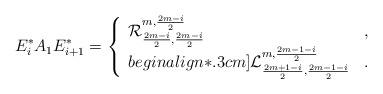
LaTeX: \begin{align*}E^*_iA_1E^*_{i+1}=\left\{\begin{array}{ll} \mathcal{R}^{m,\frac{2m-i}{2}}_{\frac{2m-i}{2},\frac{2m-i}{2}} &,\\begin{align*}.3cm] \mathcal{L}^{m,\frac{2m-1-i}{2}}_{\frac{2m+1-i}{2},\frac{2m-1-i}{2}} &.\end{array}\right.\end{align*}